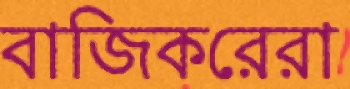
বাজিকরেরা